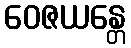
ဝေဇယန္တေ